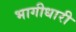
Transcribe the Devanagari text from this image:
भागीधारी